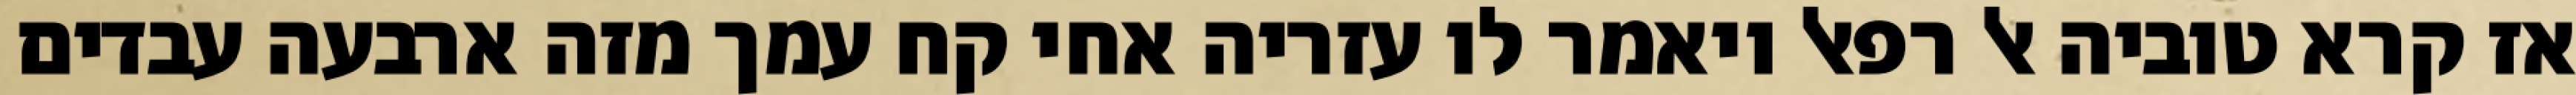
אז קרא טוביה אל רפאל ויאמר לו עזריה אחי קח עמך מזה ארבעה עבדים